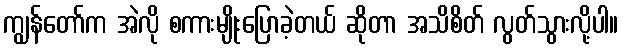
ကျွန်တော်က အဲလို စကားမျိုးပြောခဲ့တယ် ဆိုတာ အသိစိတ် လွတ်သွားလို့ပါ။